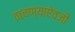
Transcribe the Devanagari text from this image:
वाचण्याऐवजी